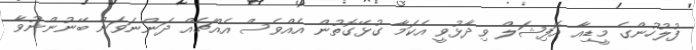
ފުލުހުންގެ މީޑިއާ އޮފިޝަލް ވިދާޅުވީ އެކަމާ ގުޅޭގޮތުން އެއްވެސް އެއްޗެއް ދަންނަވަން ބޭނުންނުވާ